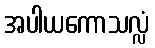
အပါယကောသလ္လံ